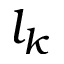
l _ { k }